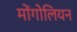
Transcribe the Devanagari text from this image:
मोंगोलियन